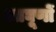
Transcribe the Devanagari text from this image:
आघूणों